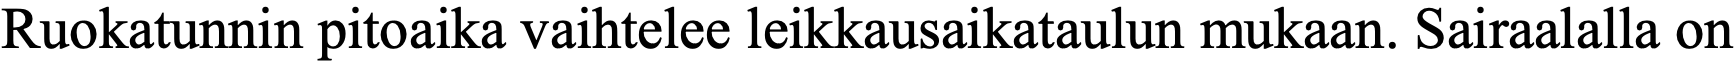
Ruokatunnin pitoaika vaihtelee leikkausaikataulun mukaan. Sairaalalla on